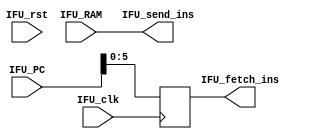
`timescale 1ns / 1ps

module IFU(
    input IFU_clk,
    input IFU_rst,
    input [31:0] IFU_PC, //input from PC
    input [31:0] IFU_RAM, //input from RAM
    output reg [5:0] IFU_fetch_ins, //output to RAM, request instruction
    output [31:0] IFU_send_ins //output to decoder, send instruction
    );

   
always @(posedge IFU_clk) IFU_fetch_ins <= IFU_PC;
        
assign IFU_send_ins = IFU_RAM;
      
endmodule